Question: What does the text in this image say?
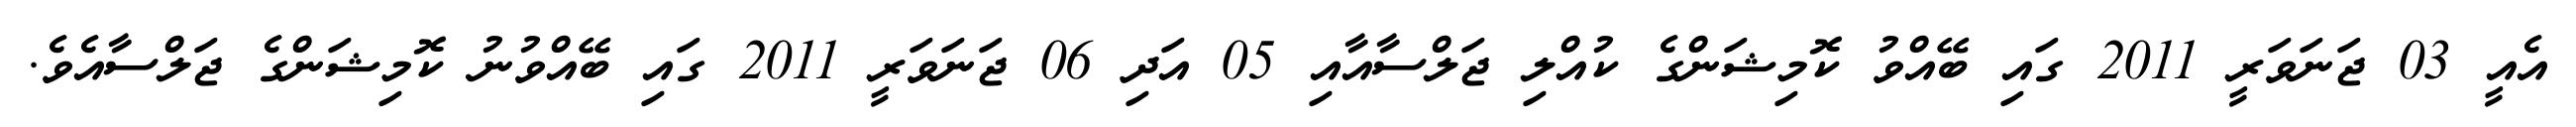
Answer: އެއީ 03 ޖަނަވަރީ 2011 ގައި ބޭއްވު ކޮމިޝަންގެ ކުއްލި ޖަލްސާއާއި 05 އަދި 06 ޖަނަވަރީ 2011 ގައި ބޭއްވުނު ކޮމިޝަންގެ ޖަލްސާއެވެ.